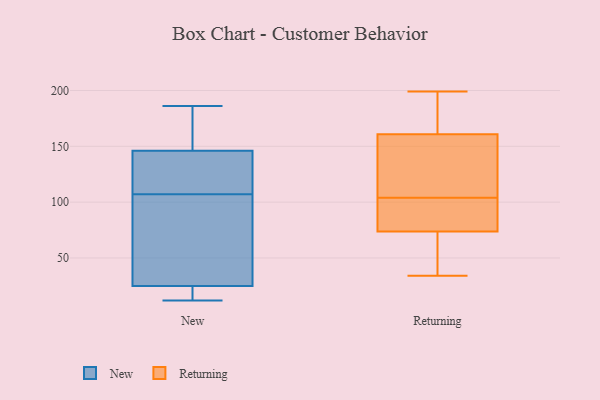
{"axis": {"x": "Gross Profit (USD K)", "y": "Value"}, "legend": ["New", "Returning"], "data": [{"x": "", "y": 130, "type": "New"}, {"x": "", "y": 166, "type": "New"}, {"x": "", "y": 27, "type": "New"}, {"x": "", "y": 61, "type": "New"}, {"x": "", "y": 161, "type": "New"}, {"x": "", "y": 12, "type": "New"}, {"x": "", "y": 86, "type": "New"}, {"x": "", "y": 107, "type": "New"}, {"x": "", "y": 12, "type": "New"}, {"x": "", "y": 132, "type": "New"}, {"x": "", "y": 25, "type": "New"}, {"x": "", "y": 174, "type": "New"}, {"x": "", "y": 21, "type": "New"}, {"x": "", "y": 146, "type": "New"}, {"x": "", "y": 143, "type": "New"}, {"x": "", "y": 186, "type": "New"}, {"x": "", "y": 107, "type": "New"}, {"x": "", "y": 23, "type": "New"}, {"x": "", "y": 98, "type": "Returning"}, {"x": "", "y": 104, "type": "Returning"}, {"x": "", "y": 199, "type": "Returning"}, {"x": "", "y": 94, "type": "Returning"}, {"x": "", "y": 34, "type": "Returning"}, {"x": "", "y": 42, "type": "Returning"}, {"x": "", "y": 164, "type": "Returning"}, {"x": "", "y": 115, "type": "Returning"}, {"x": "", "y": 151, "type": "Returning"}, {"x": "", "y": 164, "type": "Returning"}, {"x": "", "y": 128, "type": "Returning"}, {"x": "", "y": 67, "type": "Returning"}, {"x": "", "y": 99, "type": "Returning"}, {"x": "", "y": 183, "type": "Returning"}, {"x": "", "y": 41, "type": "Returning"}]}